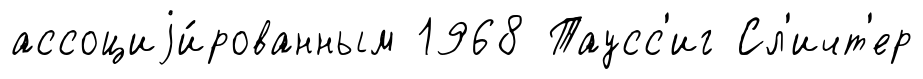
ассоциjи́рованным 1968 Таусс'иг Сл'ичт'ер